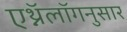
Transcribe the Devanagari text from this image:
एथ्नॅलॉगनुसार